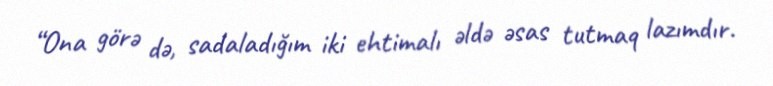
“Ona görə də, sadaladığım iki ehtimalı əldə əsas tutmaq lazımdır.